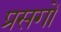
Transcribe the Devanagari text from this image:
प्रसगों